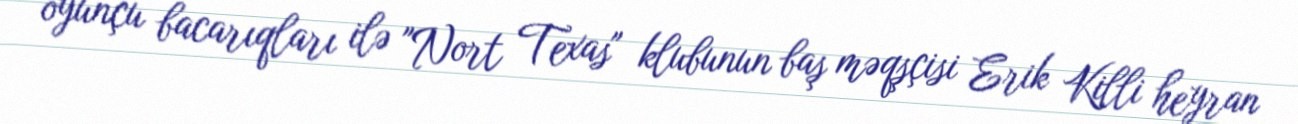
oyunçu bacarıqları ilə "Nort Texas" klubunun baş məqşçisi Erik Killi heyran